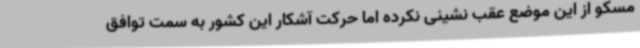
مسکو از این موضع عقب نشینی نکرده اما حرکت آشکار این کشور به سمت توافق